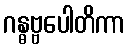
ဂန္ဓဗ္ဗပေါတိကာ